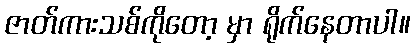
ဇာတ်ကားသစ်ကိုတော့ မှာ ရိုက်နေတာပါ။